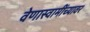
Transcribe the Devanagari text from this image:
वेणास्वामींच्यावर